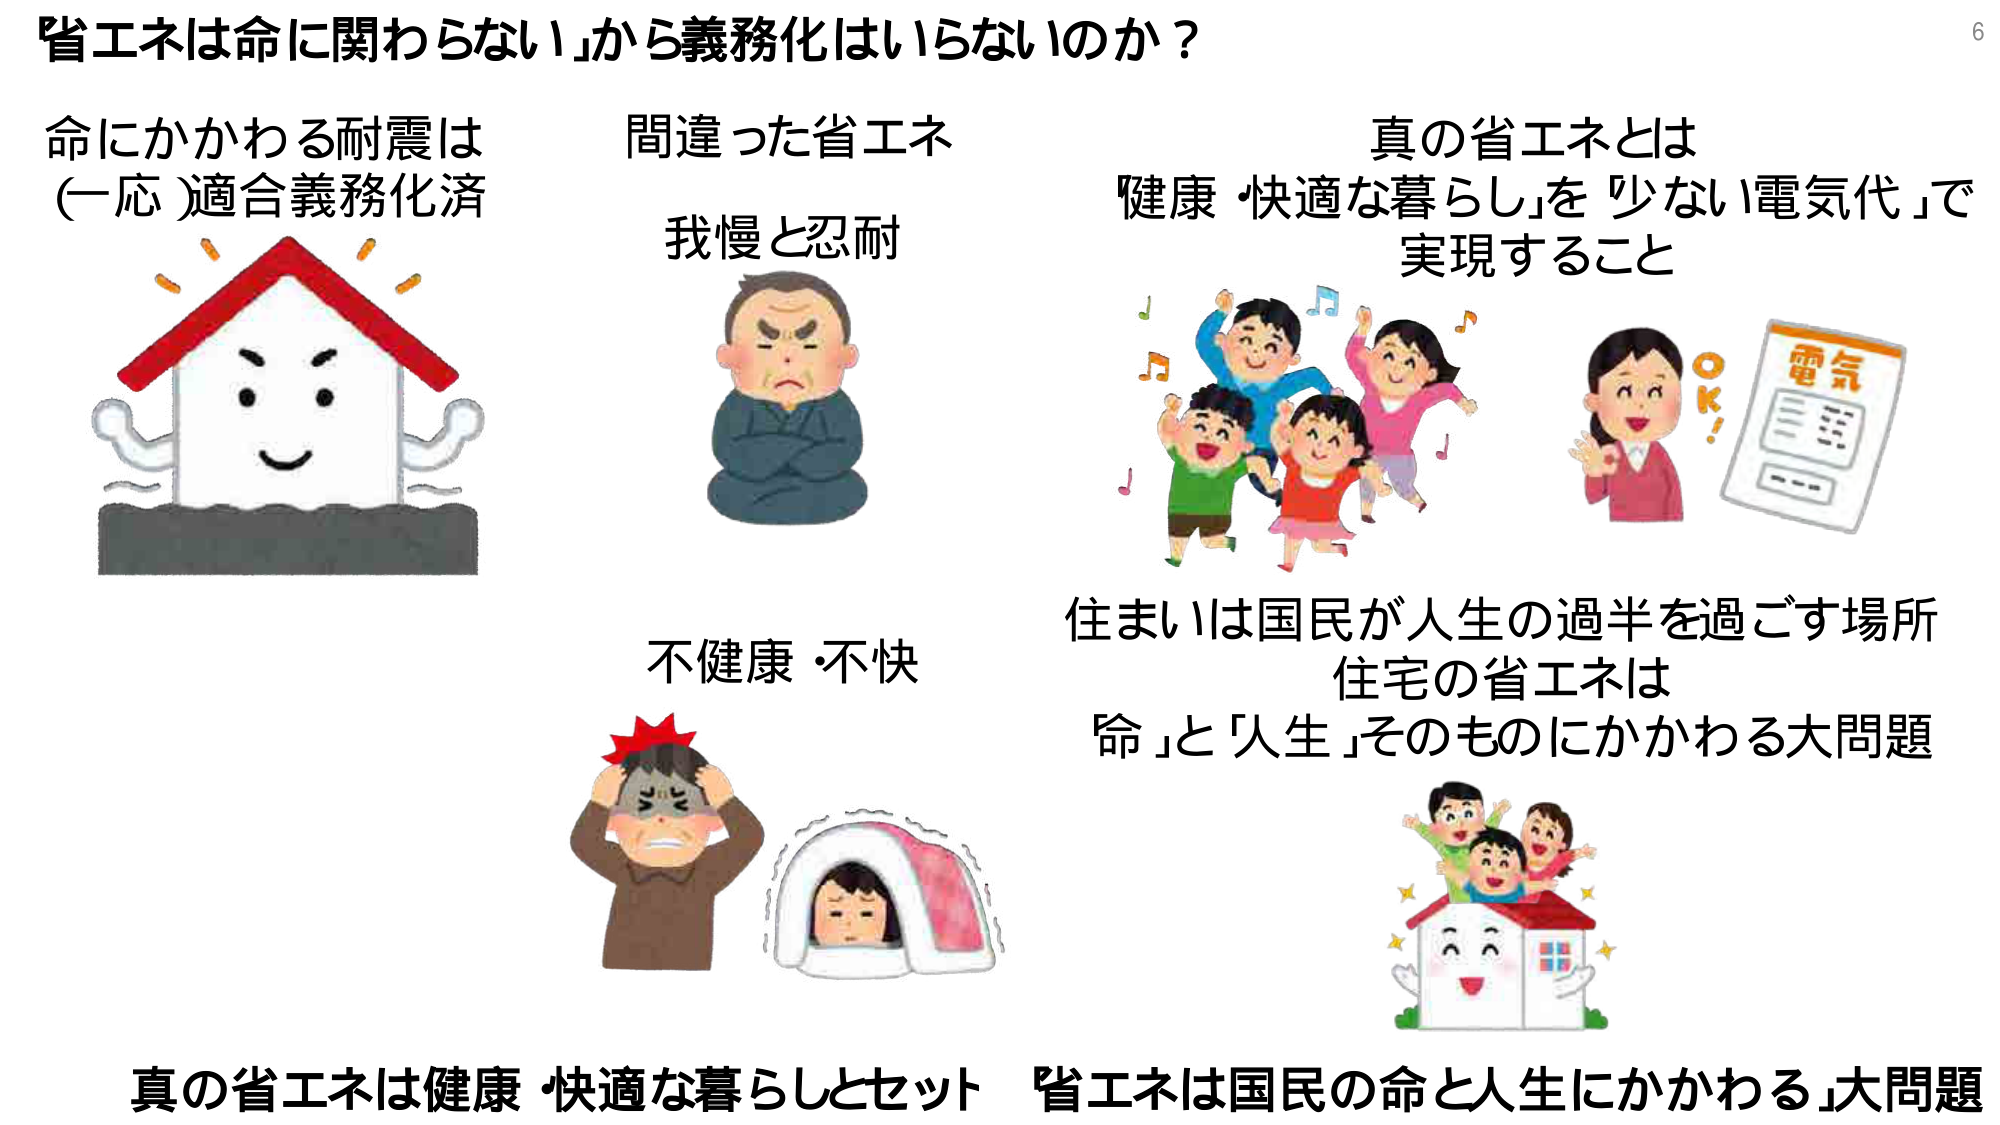
省エネは命に関わらない」から義務化はいらないのか？

命にかかわる耐震は
(一応)適合義務化済

間違った省エネ
我慢と忍耐

真の省エネとは
「健康・快適な暮らし」を「少ない電気代」で
実現すること

不健康・不快

住まいは国民が人生の過半を過ごす場所
住宅の省エネは
「命」と「人生」そのものにかかわる大問題

真の省エネは健康・快適な暮らしとセット　省エネは国民の命と人生にかかわる」大問題

電気
OK!

6